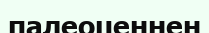
палеоценнен